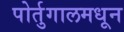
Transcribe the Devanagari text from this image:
पोर्तुगालमधून